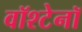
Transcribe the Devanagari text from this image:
वॉश्टेनॉ